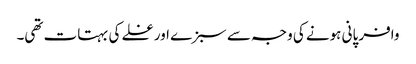
وافر پانی ہونے کی وجہ سے سبزے اور غلے کی بہتات تھی۔